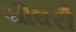
ચૌઘરી